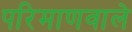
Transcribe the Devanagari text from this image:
परिमाणवाले